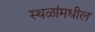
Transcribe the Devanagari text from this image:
स्थळांमधील